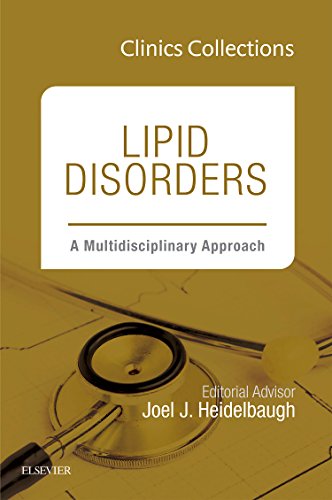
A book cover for Lipid Disorders: A Multidisciplinary Approach, 1e (Clinics Collections), 1e; Joel J. Heidelbaugh MD; Medical Books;